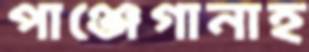
পাঞ্জেগানাহ